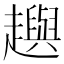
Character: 𧾚